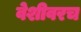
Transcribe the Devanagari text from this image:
वेशीवरच